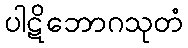
ပါဋိဘောဂသုတံ